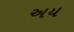
અય